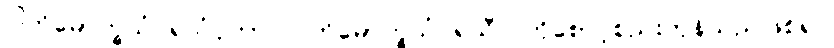
ပါတိမောက္ခသံဝရသံဝုတာ၊ ပါတိမောက္ခသံဝရသီလကိုစောင့်စည်းကုန်သည်ဖြစ်၍။